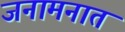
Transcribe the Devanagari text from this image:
जनामनात